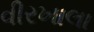
વીરખાલા